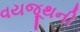
વયજૂથની